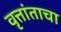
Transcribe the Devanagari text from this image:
वृत्तांताचा